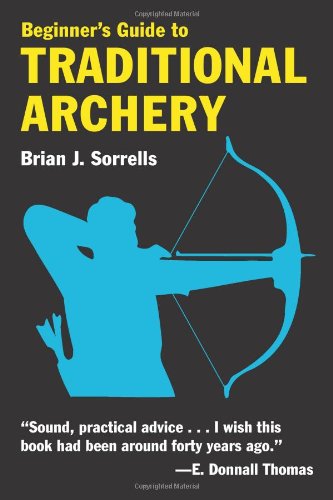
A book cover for Beginner's Guide to Traditional Archery; Brian J. Sorrells; Sports & Outdoors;